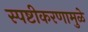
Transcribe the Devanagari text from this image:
स्पष्टीकरणामुळे